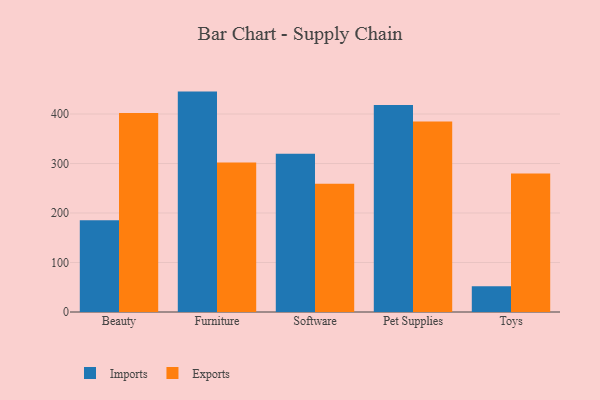
{"axis": {"x": "Category", "y": "Active Users"}, "legend": ["Exports", "Imports"], "data": [{"x": "Beauty", "y": 185.5, "type": "Imports"}, {"x": "Beauty", "y": 402.2, "type": "Exports"}, {"x": "Furniture", "y": 445.3, "type": "Imports"}, {"x": "Furniture", "y": 301.9, "type": "Exports"}, {"x": "Software", "y": 319.7, "type": "Imports"}, {"x": "Software", "y": 259.1, "type": "Exports"}, {"x": "Pet Supplies", "y": 418.0, "type": "Imports"}, {"x": "Pet Supplies", "y": 384.8, "type": "Exports"}, {"x": "Toys", "y": 51.9, "type": "Imports"}, {"x": "Toys", "y": 279.9, "type": "Exports"}]}